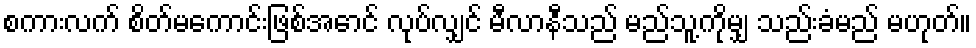
စကားလက် စိတ်မကောင်းဖြစ်အောင် လုပ်လျှင် မီလာနီသည် မည်သူ့ကိုမျှ သည်းခံမည် မဟုတ်။